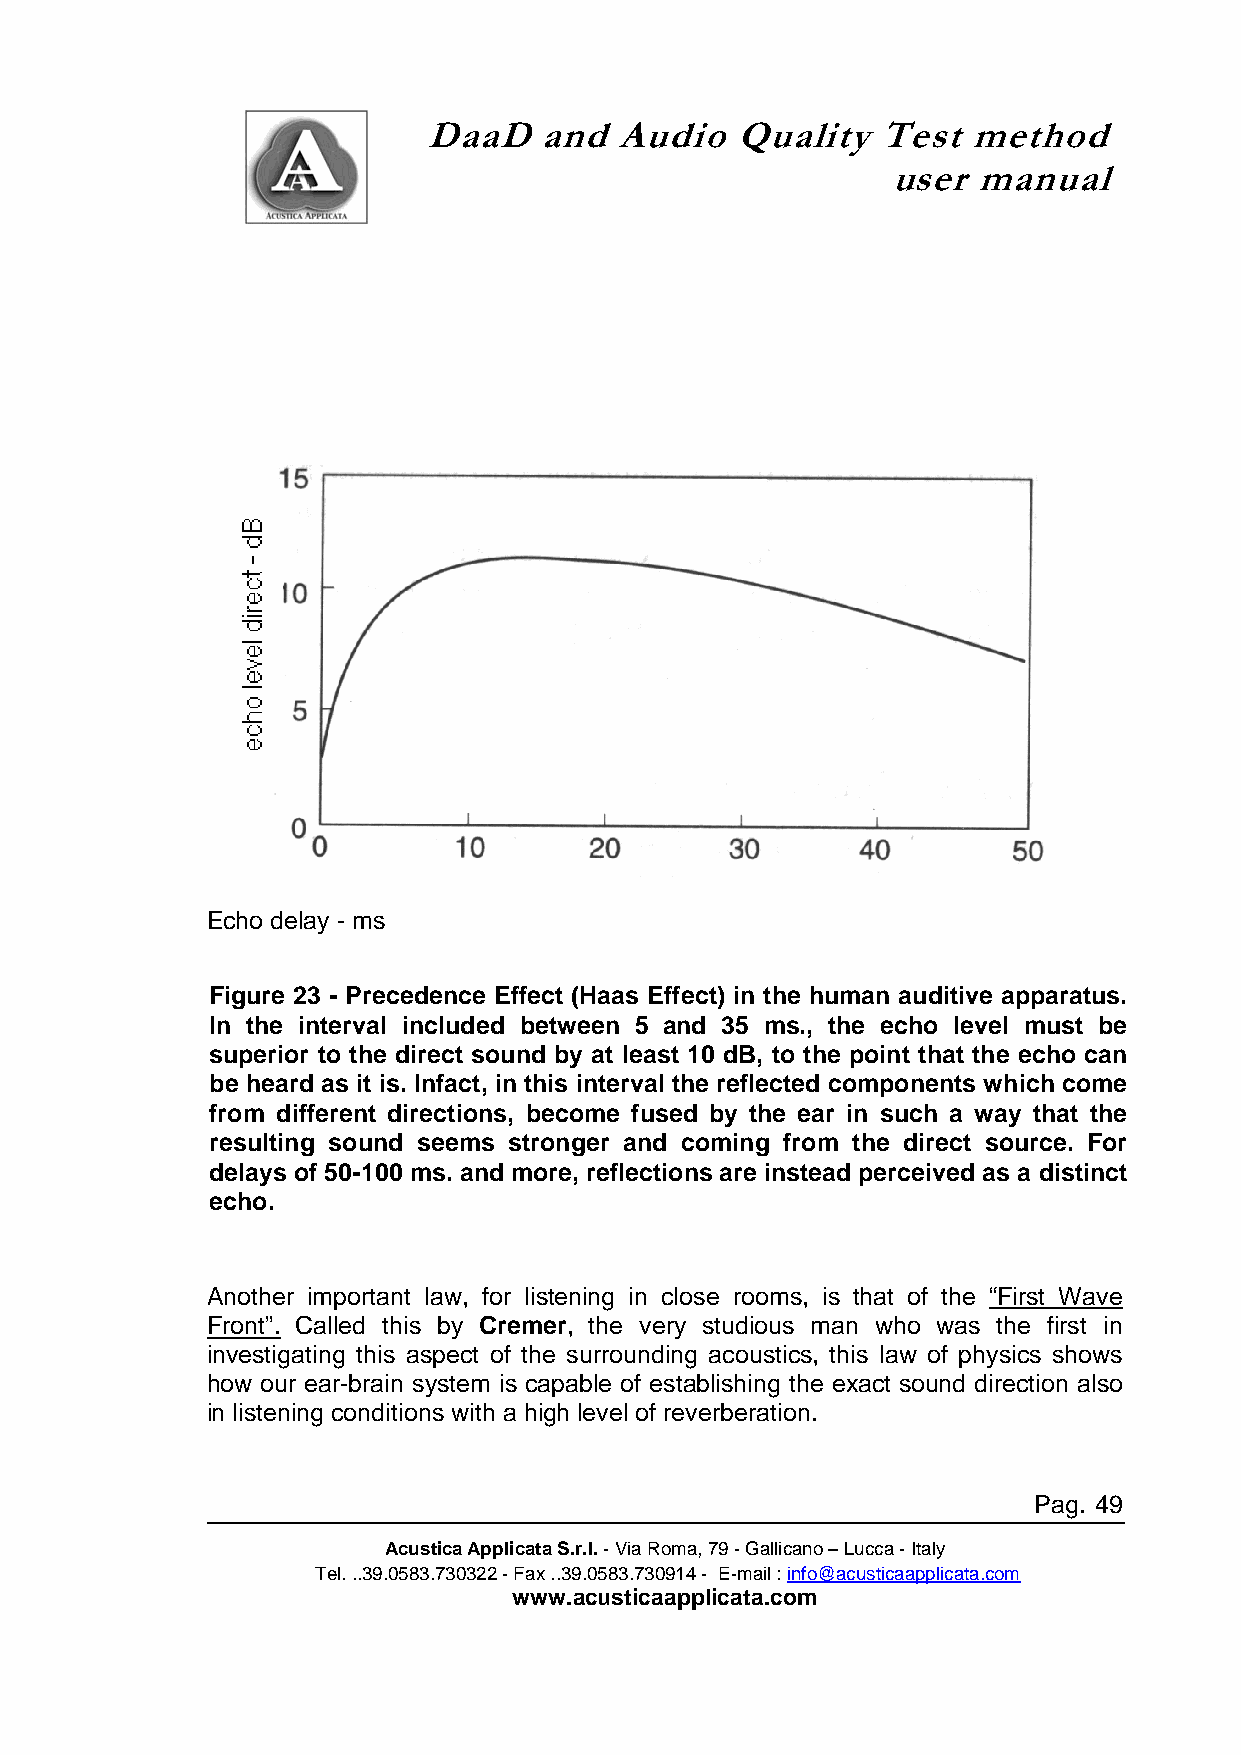
DaaD    and  Audio   Quality  Test  method
 user  manual
 Echo delay - ms
 Figure 23 - Precedence Effect (Haas Effect) in the human auditive apparatus.
 In the interval included between 5 and 35 ms., the echo level must be
 superior to the direct sound by at least 10 dB, to the point that the echo can
 be heard as it is. Infact, in this interval the reflected components which come
 from different directions, become fused by the ear in such a way that the
 resulting sound seems stronger and coming from the direct source. For
 delays of 50-100 ms. and more, reflections are instead perceived as a distinct
 echo.
 Another important law, for listening in close rooms, is that of the “First Wave
 Front”. Called this by Cremer, the very studious man who was the first in
 investigating this aspect of the surrounding acoustics, this law of physics shows
 how our ear-brain system is capable of establishing the exact sound direction also
 in listening conditions with a high level of reverberation.
 Pag. 49
 Acustica Applicata S.r.l. - Via Roma, 79 - Gallicano – Lucca - Italy
 Tel. ..39.0583.730322 - Fax ..39.0583.730914 - E-mail : info@acusticaapplicata.com
 www.acusticaapplicata.com